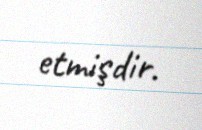
etmişdir.